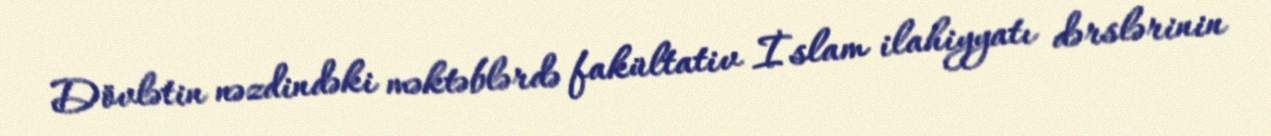
Dövlətin nəzdindəki məktəblərdə fakültativ İslam ilahiyyatı dərslərinin